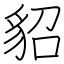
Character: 貂